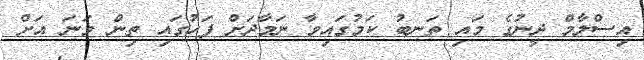
އިސްލާމް ދީނުގެ މައި ތަނބު ކަމުގައިވާ ނަމާދަށް ފަހުގައި ތިން ވަނަ އަށް